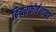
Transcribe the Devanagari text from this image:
हियरफोर्डशायर